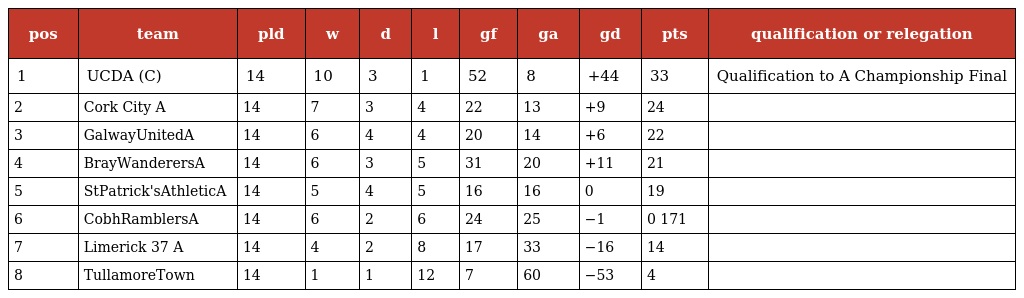
| pos | team | pld | w | d | l | gf | ga | gd | pts | qualification or relegation |
 | --- | --- | --- | --- | --- | --- | --- | --- | --- | --- | --- |
 | 1 | UCDA (C) | 14 | 10 | 3 | 1 | 52 | 8 | +44 | 33 | Qualification to A Championship Final |
 | 2 | Cork City A | 14 | 7 | 3 | 4 | 22 | 13 | +9 | 24 |  |
 | 3 | GalwayUnitedA | 14 | 6 | 4 | 4 | 20 | 14 | +6 | 22 |  |
 | 4 | BrayWanderersA | 14 | 6 | 3 | 5 | 31 | 20 | +11 | 21 |  |
 | 5 | StPatrick'sAthleticA | 14 | 5 | 4 | 5 | 16 | 16 | 0 | 19 |  |
 | 6 | CobhRamblersA | 14 | 6 | 2 | 6 | 24 | 25 | −1 | 0 171 |  |
 | 7 | Limerick 37 A | 14 | 4 | 2 | 8 | 17 | 33 | −16 | 14 |  |
 | 8 | TullamoreTown | 14 | 1 | 1 | 12 | 7 | 60 | −53 | 4 |  |